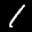
Label: 1